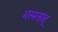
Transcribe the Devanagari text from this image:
भस्मसात्